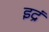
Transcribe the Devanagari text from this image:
इद्रं